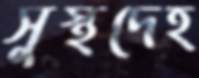
সুস্থদেহ